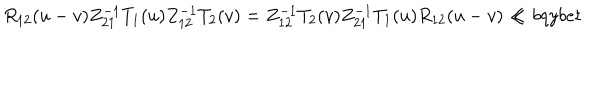
{ R } _ { 1 2 } ( u - v ) Z _ { 2 1 } ^ { - 1 } T _ { 1 } ( u ) Z _ { 1 2 } ^ { - 1 } T _ { 2 } ( v ) = Z _ { 1 2 } ^ { - 1 } T _ { 2 } ( v ) Z _ { 2 1 } ^ { - 1 } T _ { 1 } ( u ) { R } _ { 1 2 } ( u - v ) \ll { b q y b e t }